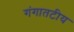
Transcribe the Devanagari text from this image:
गंगातटीय